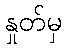
နှုတ်မှ